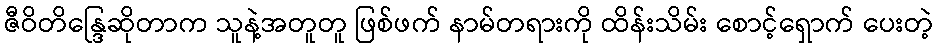
ဇီဝိတိန္ဒြေဆိုတာက သူနဲ့အတူတူ ဖြစ်ဖက် နာမ်တရားကို ထိန်းသိမ်း စောင့်ရှောက် ပေးတဲ့